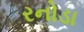
રનોડા